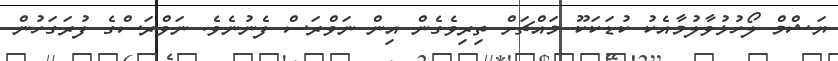
ޔަޝްމް ލޯހުޅުވާލުމާއެކު ކުޑަކަކޫ މައްޗަށް ތިރިވެގެން އިން ނަވްރަސް ފެނުނެވެ. ނަވްރަސްގެ ފުރަގަހުން